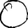
Digit: 0